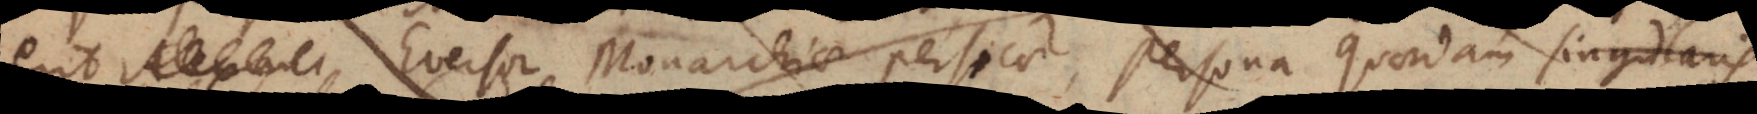
erit Alexan Eversor Monarchiae Persicae, persona quaedam singularis.